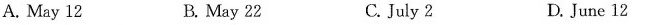
A. May 12 B. May 22 C. July 2 D. June 12